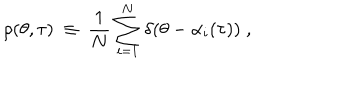
\rho ( \theta , \tau ) ~ \equiv ~ \frac { 1 } { N } \sum _ { i = 1 } ^ { N } \delta ( \theta - \alpha _ { i } ( \tau ) ) \; ,